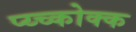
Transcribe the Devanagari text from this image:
प्य्च्कोक्क